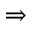
\Rightarrow